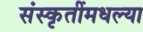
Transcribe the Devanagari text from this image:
संस्कृतींमधल्या